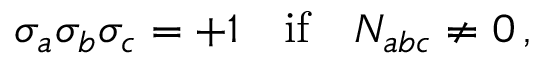
\sigma _ { a } \sigma _ { b } \sigma _ { c } = + 1 \quad \mathrm { i f } \quad N _ { a b c } \not = 0 \, ,